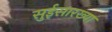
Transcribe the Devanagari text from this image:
सुईसारख्या